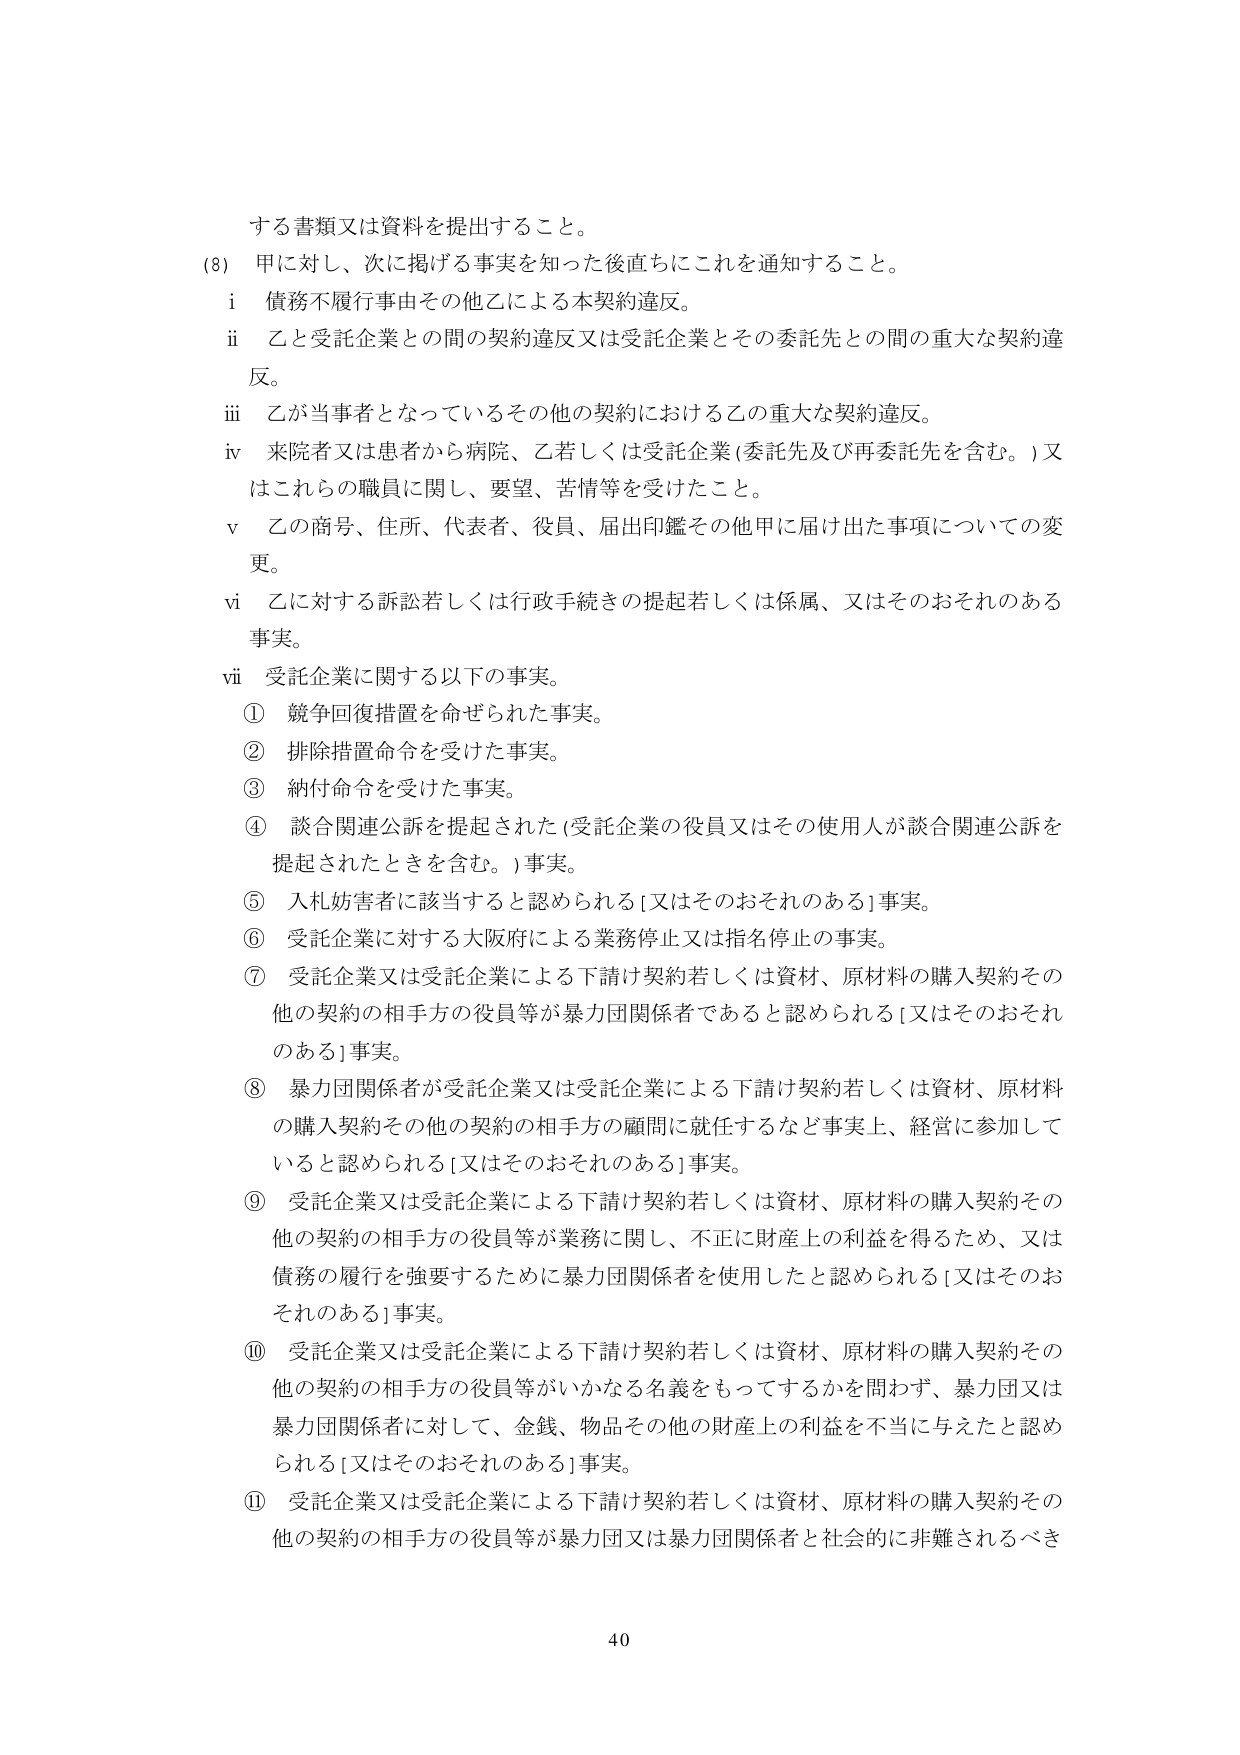
する書類又は資料を提出すること。

(8) 甲に対し、次に掲げる事実を知った後直ちにこれを通知すること。

i 債務不履行事由その他乙による本契約違反。

ii 乙と受託企業との間の契約違反又は受託企業とその委託先との間の重大な契約違反。

iii 乙が当事者となっているその他の契約における乙の重大な契約違反。

iv 来院者又は患者から病院、乙若しくは受託企業（委託先及び再委託先を含む。）又はこれらの職員に関し、要望、苦情等を受けたこと。

v 乙の商号、住所、代表者、役員、届出印鑑その他甲に届け出た事項についての変更。

vi 乙に対する訴訟若しくは行政手続きの提起若しくは係属、又はそのおそれのある事実。

vii 受託企業に関する以下の事実。

① 競争回復措置を命ぜられた事実。

② 排除措置命令を受けた事実。

③ 納付命令を受けた事実。

④ 談合関連公訴を提起された（受託企業の役員又はその使用人が談合関連公訴を提起されたときを含む。）事実。

⑤ 入札妨害者に該当すると認められる［又はそのおそれのある］事実。

⑥ 受託企業に対する大阪府による業務停止又は指名停止の事実。

⑦ 受託企業又は受託企業による下請け契約若しくは資材、原材料の購入契約その他の契約の相手方の役員等が暴力団関係者であると認められる［又はそのおそれのある］事実。

⑧ 暴力団関係者が受託企業又は受託企業による下請け契約若しくは資材、原材料の購入契約その他の契約の相手方の顧問に就任するなど事実上、経営に参加していると認められる［又はそのおそれのある］事実。

⑨ 受託企業又は受託企業による下請け契約若しくは資材、原材料の購入契約その他の契約の相手方の役員等が業務に関し、不正に財産上の利益を得るため、又は債務の履行を強要するために暴力団関係者を使用したと認められる［又はそのおそれのある］事実。

⑩ 受託企業又は受託企業による下請け契約若しくは資材、原材料の購入契約その他の契約の相手方の役員等がいかなる名義をもってするかを問わず、暴力団又は暴力団関係者に対して、金銭、物品その他の財産上の利益を不当に与えたと認められる［又はそのおそれのある］事実。

⑪ 受託企業又は受託企業による下請け契約若しくは資材、原材料の購入契約その他の契約の相手方の役員等が暴力団又は暴力団関係者と社会的に非難されるべき

40